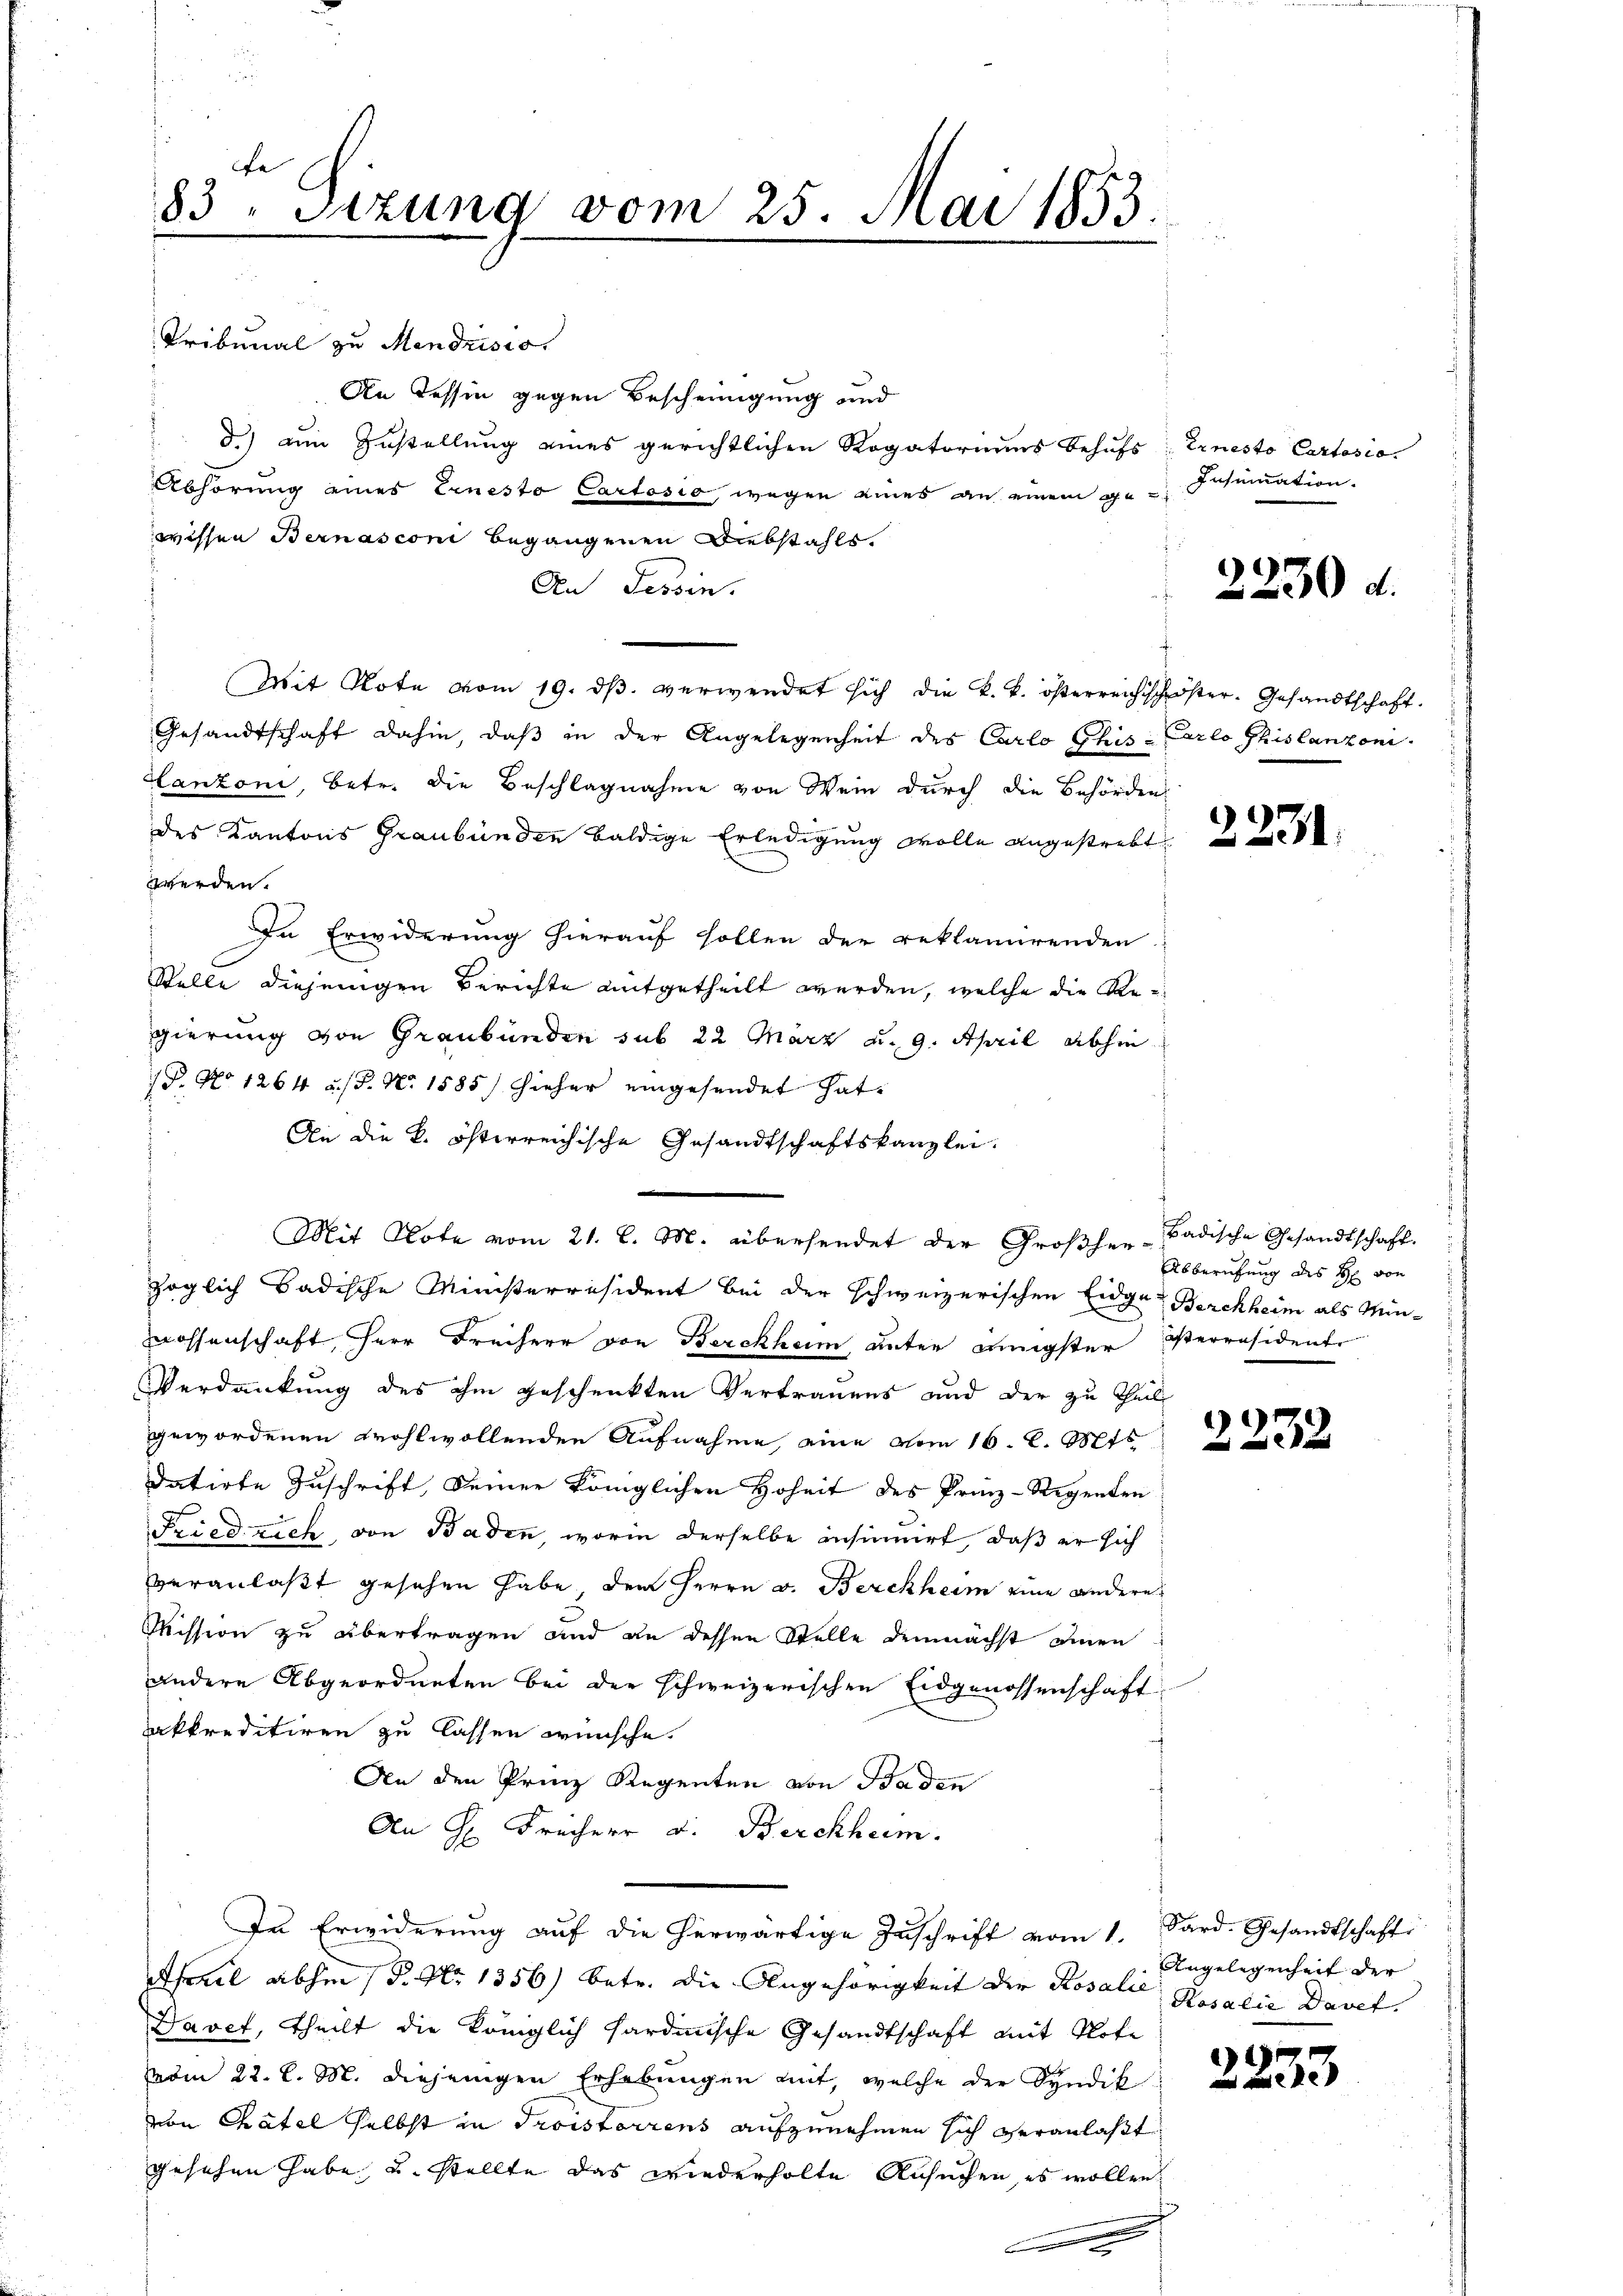
Tribunal zu Mendrisio
An Tessin gegen Bescheinigung und
) am Zustellung eines gerichtlichen Rogatoriums behufs Ernesto Cartosio
Abhörung eines Ernesto Cartosio, wegen eines an einem ge-
wissen Bernasconi begangenen Diebstahls
An Tessin.
Mit Note vom 19. dβ. verwendet sich die k. k. österreichschwöster. Gesandtschaft.
Gesandtschaft dahin, daß in der Angelegenheit des Carlo Ghis- Carlo Phislanzoni
Lanzoni, betr. die Beschlagnahme von Wein durch die Behörden
des Kantons Graubünden baldige Erledigung wolle angestrebt
werden.
In Erwiderung hierauf sollen der reklamirenden
Stelle diejenigen Berichte mitgetheilt werden, welche die Regierung von Graubünden sub 22 März d. 9. April abhin
P. No 1264 u. s. No 1885) hieher eingesendet hat.
An die k. österreichische Gesandtschaftskanzlei.
Mit Note vom 21. d. M. übersendet der Großher-Badische Gesandtschaft.
zöglich Badische Ministerräsident bei der schweizerischen Eidge Berchheim als Minrossenschaft, Herr Freiherr von Berckkam, unter einigster Perräsident
Verdankung des ihm geschenkten Vertrauens und der zu Theil
gewordenen Wohlwollenden Aufnahme, eine vom 16. d. Mts
datirte Zuschrift, Deiner Königlichen Hoheit des Prinz-Regenten
Friedrich, von Baden, worin derselbe insinuirt, daß er sich
veranlaßt gesehen habe, dem Herrn v. Berchheim eine andere
Mission zu übertragen und an dessen Stelle demnächst einen
andere Abgeordneten bei der schweizerischen Eidgenossenschaft
akkreditiren zu lassen wünsche.
An den Prinz Regenten von Baden
An H. Freiherr v. Berckhum.
In Erwiderung aŭf die herwärtige Zuschrift vom 1. Sard. Gesandtschaft
April abhin (P. Nr. 1356) betr. die Angehörigkeit der Rosalie Rosalia Davet.
Davet, theilt die Königlich hardinische Gesandtschaft mit Note
vom 22. l. M. diejenigen Erhebungen mit, welche der Syndik
von Chatel selbst in Troisterrens aufzunehmen sich veranlaßt
gesehen habe, u. stellte das wiederholte Ansuchen, es wollen

83. Sizung vom 25. Mai 1853.

Insumation.

2230 d.

2231

Abberufung des H. von

9
232

Angelegenheit der

323

3